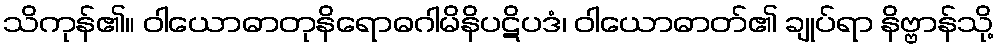
သိကုန်၏။ ဝါယောဓာတုနိရောဓဂါမိနိပဋိပဒံ၊ ဝါယောဓာတ်၏ ချုပ်ရာ နိဗ္ဗာန်သို့